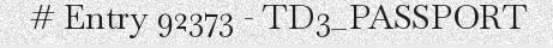
# Entry 92373 - TD3_PASSPORT